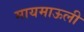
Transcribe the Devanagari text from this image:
मायमाऊली